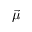
\vec { \mu }